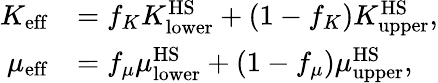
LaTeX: \begin{array}{rl}{K_{\mathrm{eff}}}&{=f_{K}K_{\mathrm{lower}}^{\mathrm{HS}}+(1-f_{K})K_{\mathrm{upper}}^{\mathrm{HS}},}\\ {\mu_{\mathrm{eff}}}&{=f_{\mu}\mu_{\mathrm{lower}}^{\mathrm{HS}}+(1-f_{\mu})\mu_{\mathrm{upper}}^{\mathrm{HS}},}\end{array}